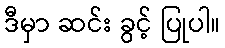
ဒီမှာ ဆင်း ခွင့် ပြုပါ။